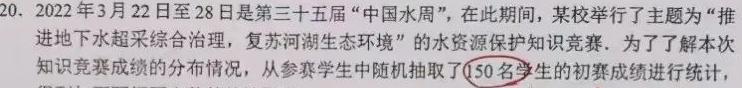
20. 2022年3月22日至28日是第三十五届“中国水周”，在此期间，某校举行了主题为“推进地下水超采综合治理，复苏河湖生态环境”的水资源保护知识竞赛。为了了解本次知识竞赛成绩的分布情况，从参赛学生中随机抽取了\(50\)名学生的初赛成绩进行统计，